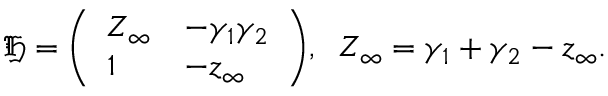
{ \mathfrak { H } } = { \left( \begin{array} { l l } { Z _ { \infty } } & { - \gamma _ { 1 } \gamma _ { 2 } } \\ { 1 } & { - z _ { \infty } } \end{array} \right) } , \; \; Z _ { \infty } = \gamma _ { 1 } + \gamma _ { 2 } - z _ { \infty } .